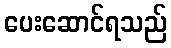
ပေးဆောင်ရသည်